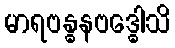
မာရဗန္ဓနဗဒ္ဓေါသိ